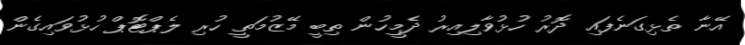
އޭނާ ތެޅިގަނެފައި ދޮރު ހުޅުވާލިއިރު ދެމީހުން ތިބީ މޭޒުމަތީ ހުރި ލެޕްޓޮޕް ހުޅުވައިގެން